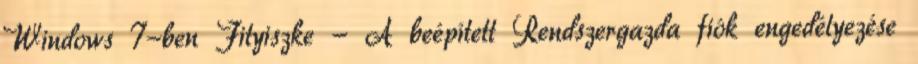
Windows 7-ben Fityiszke - A beépített Rendszergazda fiók engedélyezése